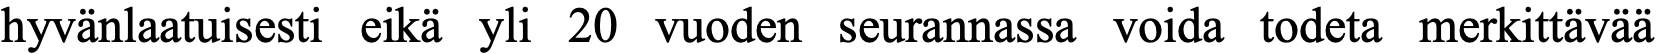
hyvänlaatuisesti eikä yli 20 vuoden seurannassa voida todeta merkittävää